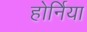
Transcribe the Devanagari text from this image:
होर्निया